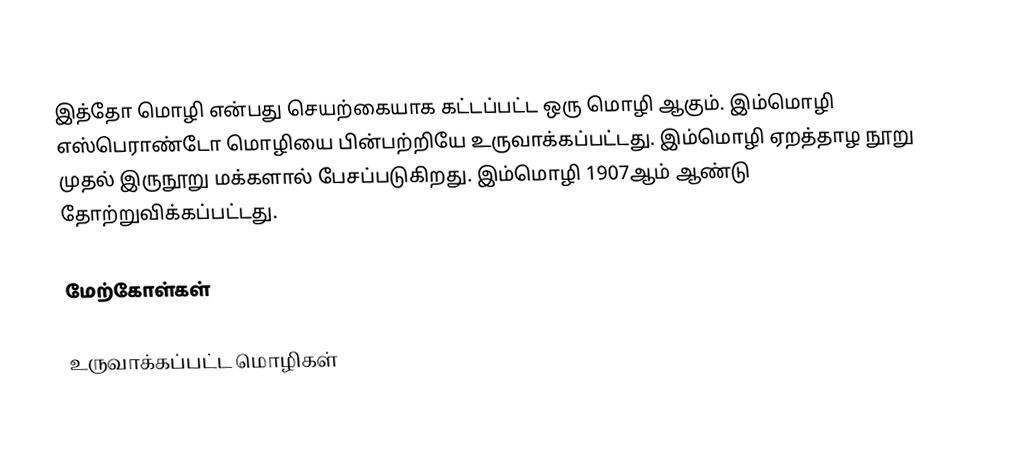
இத்தோ மொழி என்பது செயற்கையாக கட்டப்பட்ட ஒரு மொழி ஆகும். இம்மொழி எஸ்பெராண்டோ மொழியை பின்பற்றியே உருவாக்கப்பட்டது. இம்மொழி ஏறத்தாழ நூறு முதல் இருநூறு மக்களால் பேசப்படுகிறது. இம்மொழி 1907ஆம் ஆண்டு தோற்றுவிக்கப்பட்டது.

மேற்கோள்கள்

உருவாக்கப்பட்ட மொழிகள்